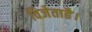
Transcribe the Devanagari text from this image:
विजेताहै।